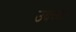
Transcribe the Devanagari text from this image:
उदव्य